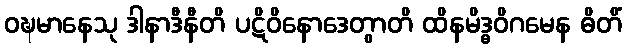
ဝဍ္ဎမာနေသု ဒါနာဒီနီတိ ပဋိဝိနောဒေတွာတိ ထိနမိဒ္ဓဝိဂမေန ဓိတိံ